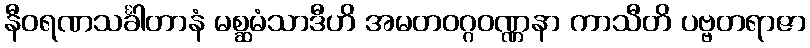
နီဝရဏသင်္ခါတာနံ မစ္ဆမံသာဒီဟိ အမတဝဂ္ဂဝဏ္ဏနာ ကာသီတိ ပဗ္ဗတရာဇာ